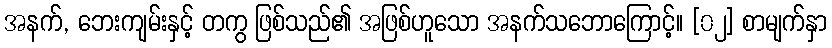
အနက်, ဘေးကျမ်းနှင့် တကွ ဖြစ်သည်၏ အဖြစ်ဟူသော အနက်သဘောကြောင့်။ [၀၂] စာမျက်နှာ